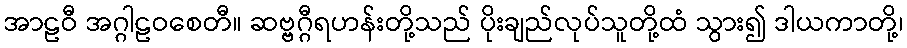
အာဠဝီ အဂ္ဂါဠဝစေတီ။ ဆဗ္ဗဂ္ဂီရဟန်းတို့သည် ပိုးချည်လုပ်သူတို့ထံ သွား၍ ဒါယကာတို့၊